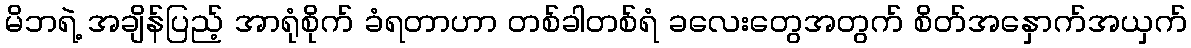
မိဘရဲ့ အချိန်ပြည့် အာရုံစိုက် ခံရတာဟာ တစ်ခါတစ်ရံ ခလေးတွေအတွက် စိတ်အနှောက်အယှက်